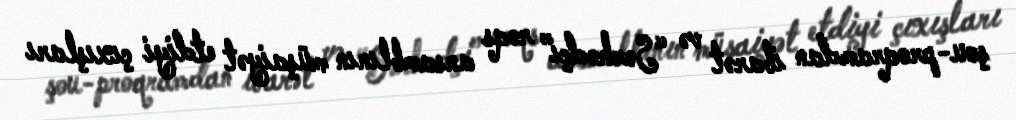
şou-proqramdan ibarət və “Sərhədçi” rəqs ansamblının müşaiyət etdiyi çıxışları